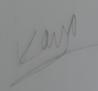
Signature authenticity: genuine